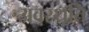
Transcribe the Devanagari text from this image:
अवस्थति